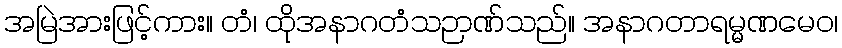
အမြဲအားဖြင့်ကား။ တံ၊ ထိုအနာဂတံသဉာဏ်သည်။ အနာဂတာရမ္မဏမေဝ၊